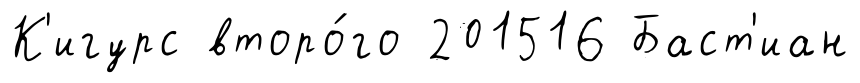
К'игурс второ́го 201516 Баст'иан